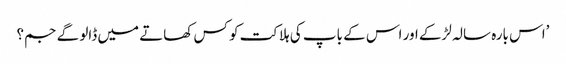
’اس بارہ سالہ لڑکے اور اس کے باپ کی ہلاکت کو کس کھاتے میں ڈالو گے جم؟